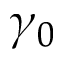
\gamma _ { 0 }